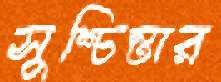
সুশ্চিন্তার